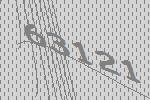
63121